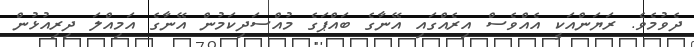
ދެވުމެވެ. ރަޔަންއަކީ އެއްވެސް އިރެއްގައި އޭނާގެ ބައްޕަގެ މުއްސަދިކަމުން އޭނާގެ އަމިއްލަ ދިރިއުޅުން